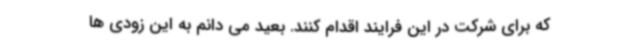
که برای شرکت در این فرایند اقدام کنند. بعید می دانم به این زودی ها